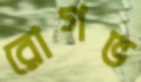
রোগভ